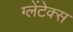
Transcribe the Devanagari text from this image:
ग्लेंटेक्स